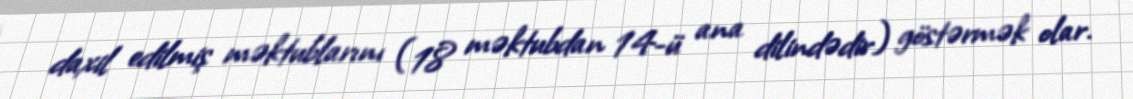
daxil edilmiş məktublarını (18 məktubdan 14-ü ana dilindədir) göstərmək olar.